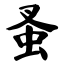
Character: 蚤